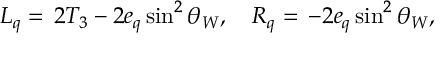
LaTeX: L _ { q } = \, 2 T _ { 3 } - 2 e _ { q } \sin ^ { 2 } \theta _ { W } , ~ ~ ~ R _ { q } = \, - 2 e _ { q } \sin ^ { 2 } \theta _ { W } ,